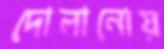
দোলানোয়